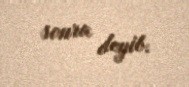
sonra deyib.